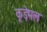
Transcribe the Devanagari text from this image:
कूड़ेमल